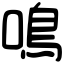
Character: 鳴